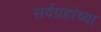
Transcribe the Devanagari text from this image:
सर्वग्रहांच्या